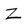
Character: Z